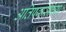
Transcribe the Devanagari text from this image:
अतिप्रवासाच्या